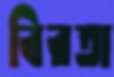
বিরতা